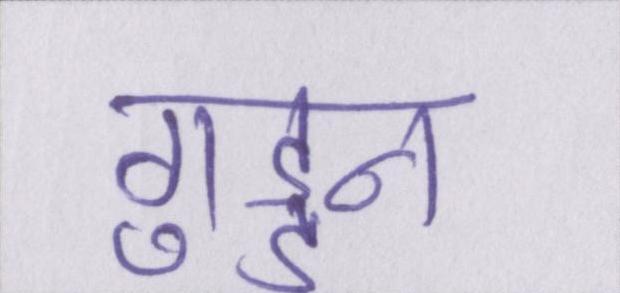
गुड्डन